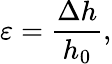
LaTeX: \varepsilon=\frac{\Delta h}{h_{0}},